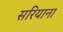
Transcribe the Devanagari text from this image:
सरियाना